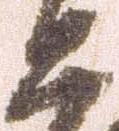
思